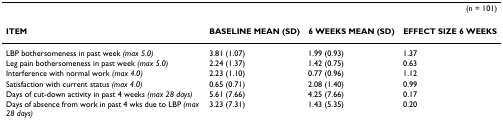
| <COLSPAN=4> (n = 101) |
 | --- | --- | --- | --- |
 | ITEM | BASELINE MEAN (SD) | 6 WEEKS MEAN (SD) | EFFECT SIZE 6 WEEKS |
 | LBP bothersomeness in past week (max 5.0) | 3.81 (1.07) | 1.99 (0.93) | 1.37 |
 | Leg pain bothersomeness in past week (max 5.0) | 2.24 (1.37) | 1.42 (0.75) | 0.63 |
 | Interference with normal work (max 4.0) | 2.23 (1.10) | 0.77 (0.96) | 1.12 |
 | Satisfaction with current status (max 4.0) | 0.65 (0.71) | 2.08 (1.40) | 0.99 |
 | Days of cut-down activity in past 4 weeks (max 28 days) | 5.61 (7.66) | 4.25 (7.66) | 0.17 |
 | Days of absence from work in past 4 wks due to LBP (max 28 days) | 3.23 (7.31) | 1.43 (5.35) | 0.20 |